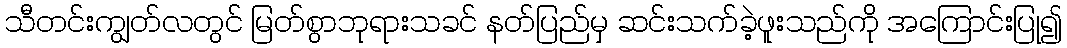
သီတင်းကျွတ်လတွင် မြတ်စွာဘုရားသခင် နတ်ပြည်မှ ဆင်းသက်ခဲ့ဖူးသည်ကို အကြောင်းပြု၍